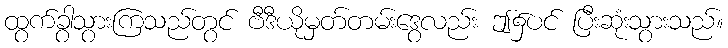
ထွက်ခွာသွားကြသည်တွင် ဗီဒီယိုမှတ်တမ်းဒွေလည်း ဤ၌ပင် ပြီးဆုံးသွားသည်။